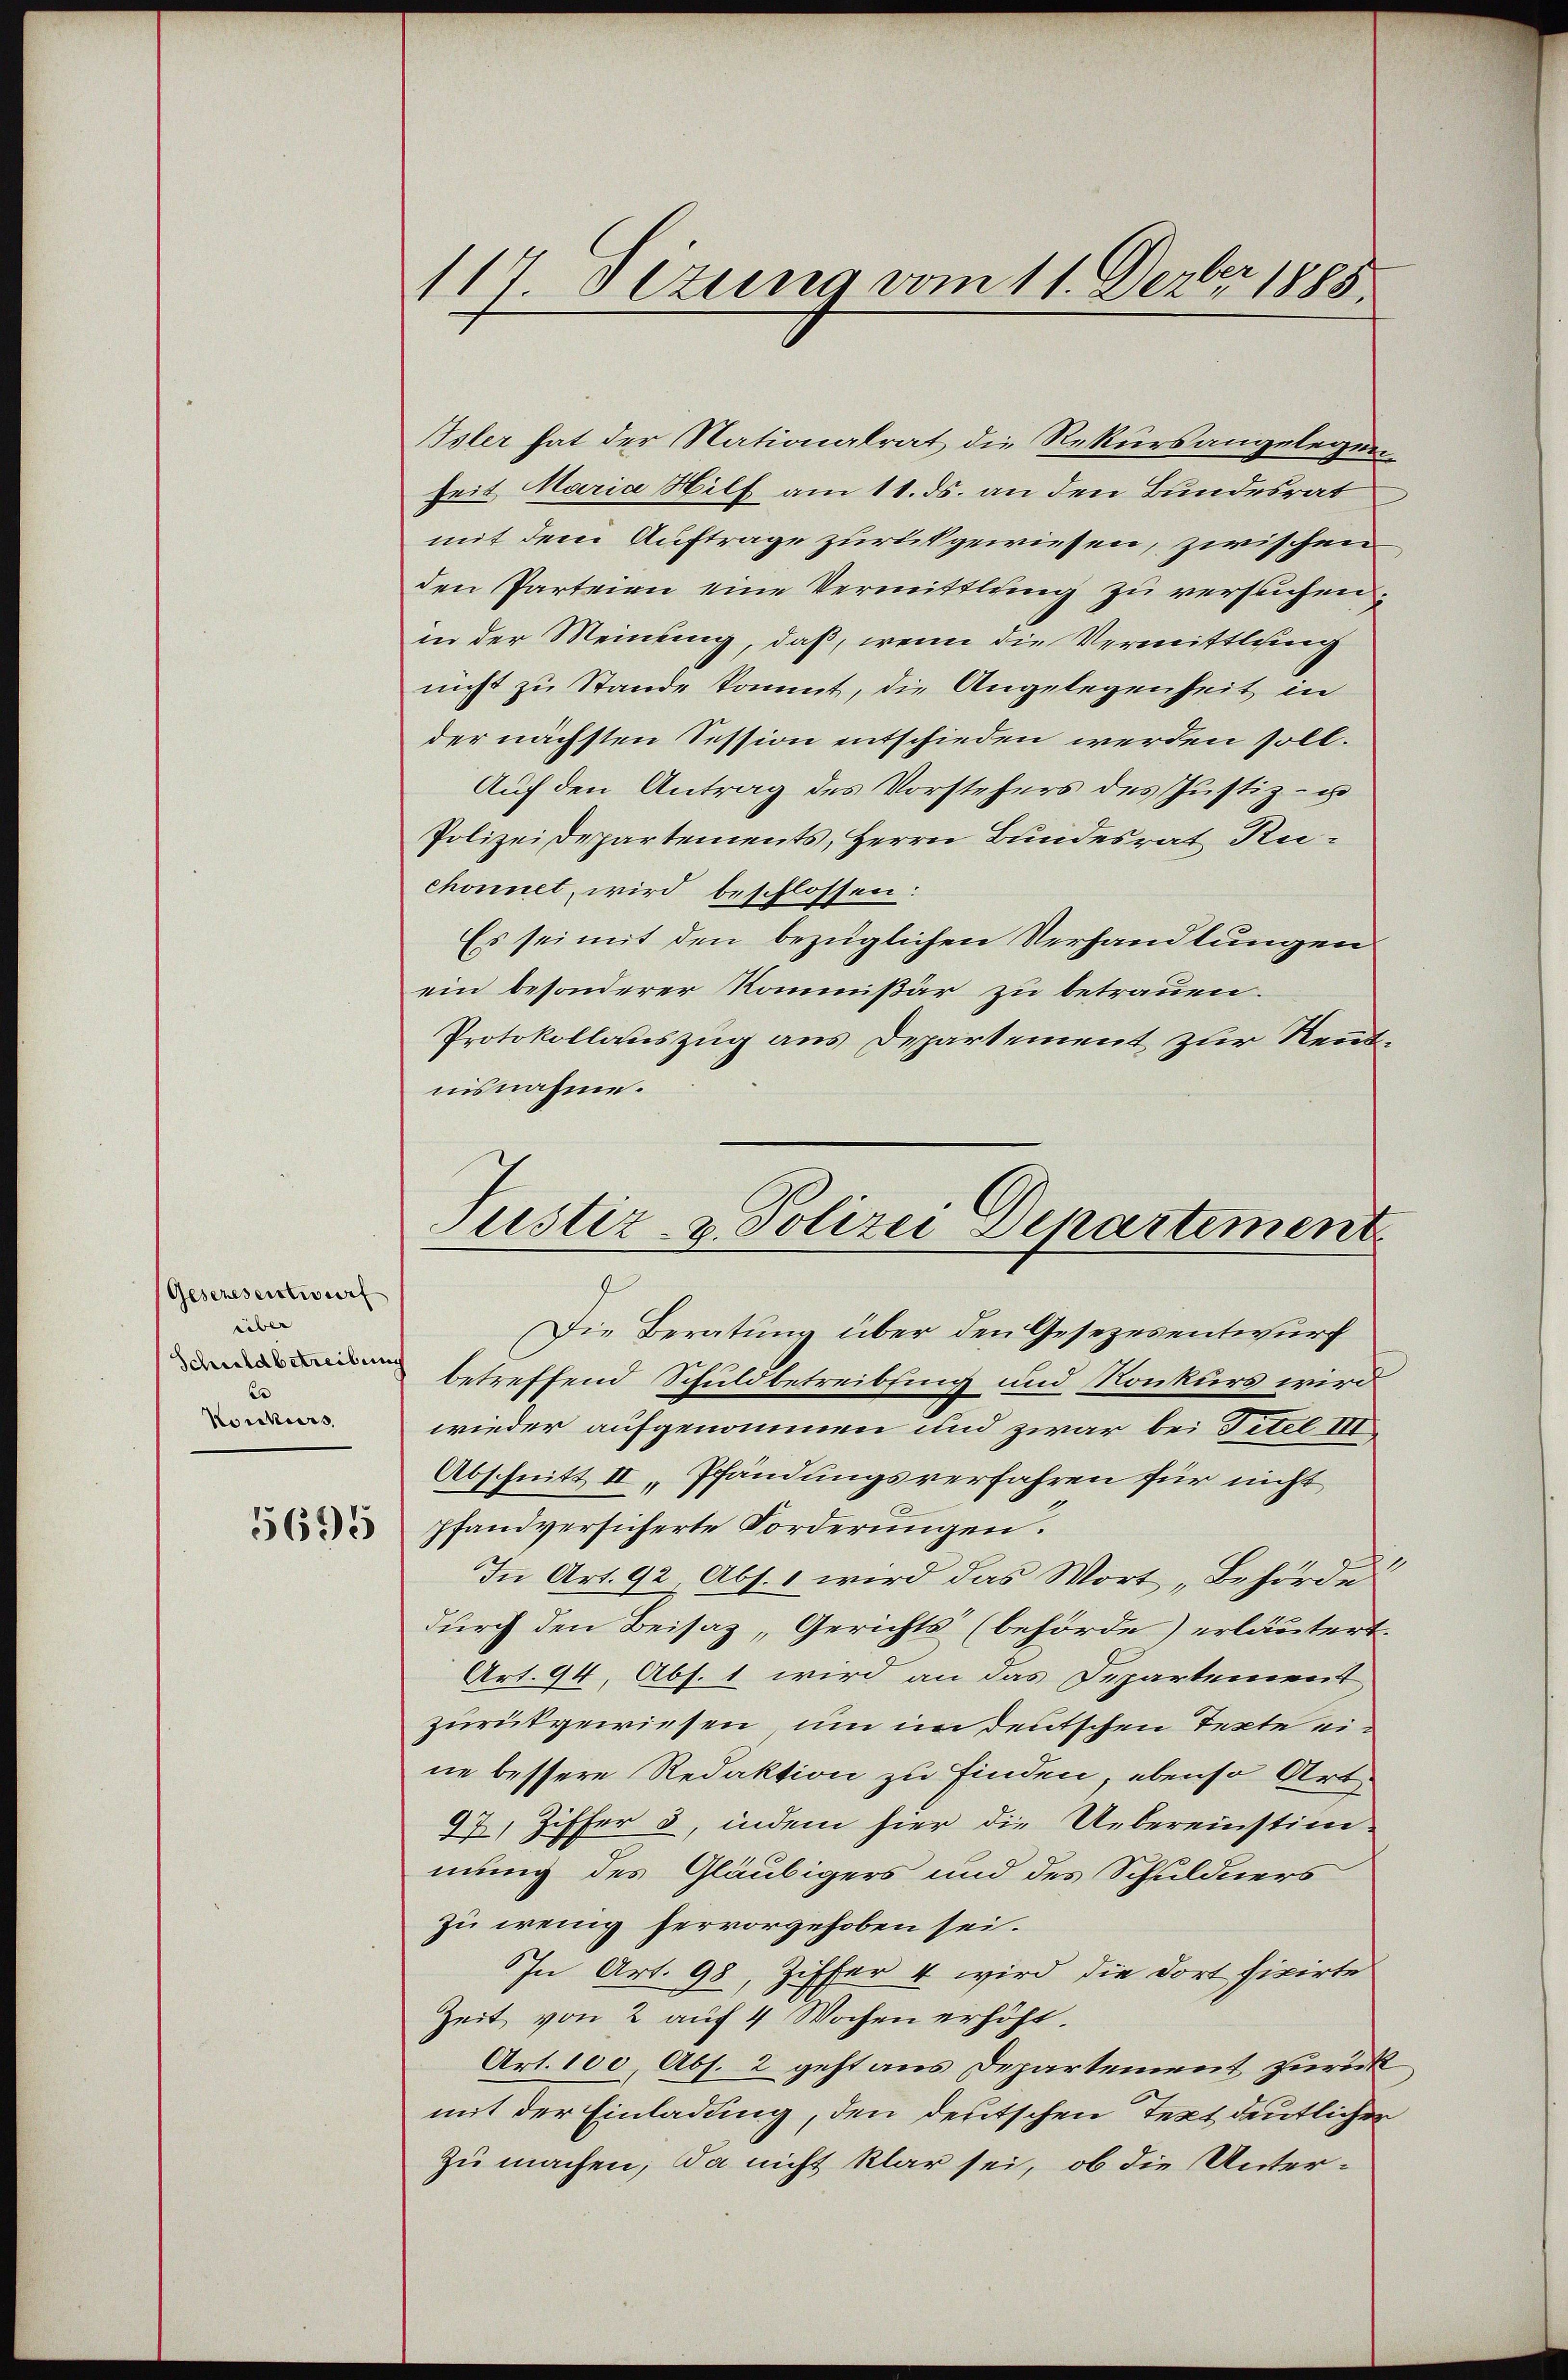
Gesezesentwurf
über
Schuldbetreibung
Konkurs
5695

Isler hat der Nationalrat die Rekursangelegen¬
Zeit Maria Hilf am 11. ds. an den Bundesrat
mit dem Auftrage zurückgewiesen, zwischen
den Parteien eine Vermittlung zu versuchen.
in der Meinung, daß, wenn die Vermittlung
nicht zu Stande kommt, die Angelegenheit in
der nächsten Session entschieden werden soll.
Auf den Antrag des Vorstehers des Justiz- u
Polizeidepartements, Herrn Bundesrat Ruchonnet wird beschlossen:
Es sei mit den bezüglichen Verhandlungen
ein besonderer Kommißär zu betrauen.
Protokollauszug aus Departement zur Rentuisnahme.

117. Jezung vom 11. Dezbr 1885.

Justiz- & Polizei Departement

Die Beratung über den Gesezesentwurf
betreffend Schuldbetreibfing und Konkurs wird
wieder aufgenommen und zwar bei Titel III
Abschnitt II,Pfändungsverfahren für nicht
pfandversicherte Forderungen.
In Art. 92 Abs. 1 wird das Wort „Behörde
durch den Beisaz, Gerichts (behörde) erläutert.
Art. 94, Abs. 1 wird an das Departement
zurükgewiesen, um in deutschen Texte ein
ne bessere Redaktion zu finden, ebenso Art.
97, Ziffer 3, indem hier die Uebereinstim-
mung des Gläubigers und des Schuldners
zu wenig hervorgehoben sei.
In Art. 98, Ziffer 4 wird die dort fixirte
Zeit von 2 auf 4 Wochen erhöht.
Art. 100 Abs. 2 geht aus Departement zurück
mit der Einladung, den deutschen Text deutlicher
zu machen; da nicht klar sei, ob die Unter¬